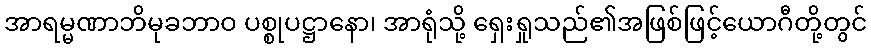
အာရမ္မဏာဘိမုခဘာဝ ပစ္စုပဋ္ဌာနော၊ အာရုံသို့ ရှေးရှုသည်၏အဖြစ်ဖြင့်ယောဂီတို့တွင်